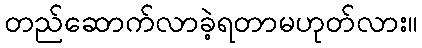
တည်ဆောက်လာခဲ့ရတာမဟုတ်လား။